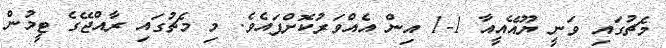
މެޗުގައި ވަނީ ޔޫއޭއީއާ 1-1 އިން އެއްވަރުކޮށްފައެވެ. މި މެޗުގައި ރާއްޖޭގެ ޓީމުން